Problem: 44 + 28 = ?
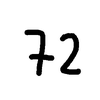
Handwritten answer: 72